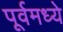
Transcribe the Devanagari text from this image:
पूर्वमध्ये